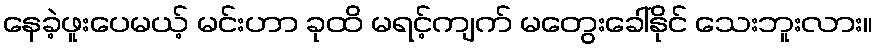
နေခဲ့ဖူးပေမယ့် မင်းဟာ ခုထိ မရင့်ကျက် မတွေးခေါ်နိုင် သေးဘူးလား။